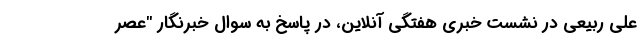
علی ربیعی در نشست خبری هفتگی آنلاین، در پاسخ به سوال خبرنگار "عصر